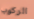
الركوب